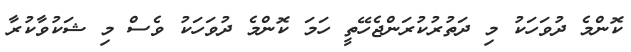
ކޮންމެ ދުވަހަކު މި ދަތުރުކުރަންޖެހޭތީ ހަމަ ކޮންމެ ދުވަހަކު ވެސް މި ޝަކުވާކުރާ